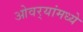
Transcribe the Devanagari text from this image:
ओवर्‍यांमध्ये